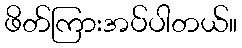
ဖိတ်ကြားအပ်ပါတယ်။